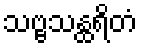
သဗ္ဗသန္ထရိတံ